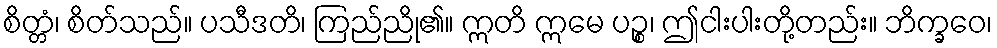
စိတ္တံ၊ စိတ်သည်။ ပသီဒတိ၊ ကြည်ညို၏။ ဣတိ ဣမေ ပဉ္စ၊ ဤငါးပါးတို့တည်း။ ဘိက္ခဝေ၊